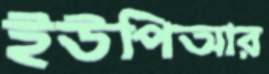
ইউপিআর